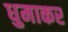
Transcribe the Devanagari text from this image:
धुमाकर